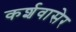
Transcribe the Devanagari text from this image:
कर्शवासेर